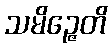
သမိဉ္ဇေတိ